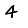
Digit: 4